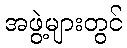
အဖွဲ့များတွင်